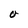
Character: O